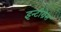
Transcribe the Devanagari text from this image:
इन्टीग्रेस